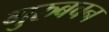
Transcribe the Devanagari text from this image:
गुरुबचन